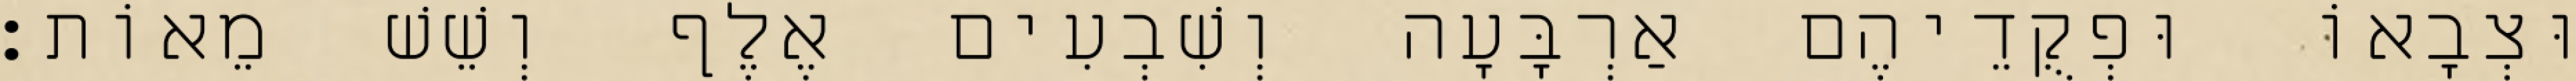
וּצְבָאוֹ וּפְקֻדֵיהֶם אַרְבָּעָה וְשִׁבְעִים אֶלֶף וְשֵׁשׁ מֵאוֹת׃